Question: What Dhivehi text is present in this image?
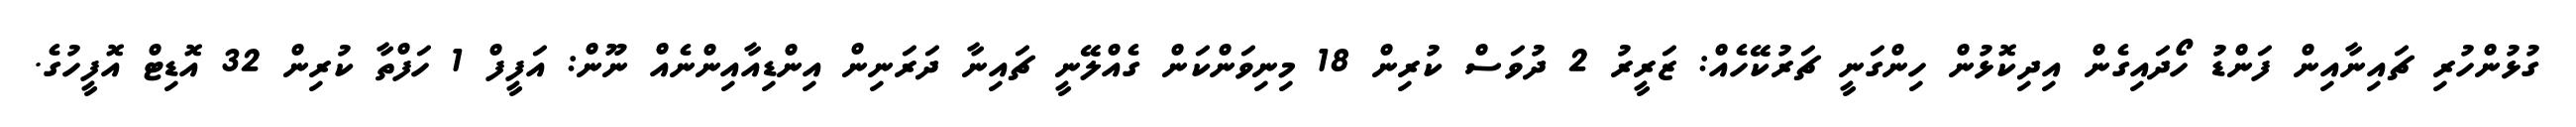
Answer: ގުޅުންހުރި ޗައިނާއިން ފަންޑު ހޯދައިގެން އިދިކޮޅުން ހިންގަނީ ޗަރުކޭހެއް: ޒަރީރު 2 ދުވަސް ކުރިން 18 މިނިވަންކަން ގެއްލޭނީ ޗައިނާ ދަރަނިން އިންޑިއާއިންނެއް ނޫން: އަފީފް 1 ހަފްތާ ކުރިން 32 އޮޑިޓް އޮފީހުގެ.